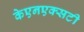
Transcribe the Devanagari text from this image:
केएनएक्सटी